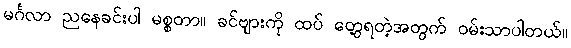
မင်္ဂလာ ညနေခင်းပါ မစ္စတာ။ ခင်ဗျားကို ထပ် တွေ့ရတဲ့အတွက် ဝမ်းသာပါတယ်။